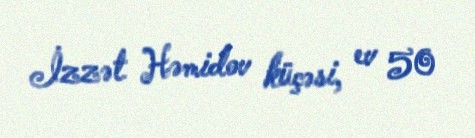
İzzət Həmidov küçəsi, ev 50